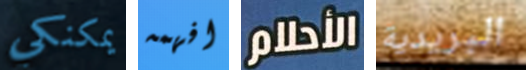
يمكنكي افهمه الأحلام البريدية